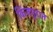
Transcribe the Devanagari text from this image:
किंजपुटात